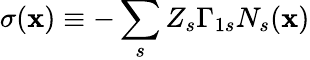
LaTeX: \sigma({\mathbf x})\equiv-\sum_{s}Z_{s}\Gamma_{1s}N_{s}({\mathbf x})